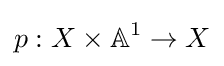
p:X\times \mathbb {A} ^{1}\to X